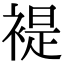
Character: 褆